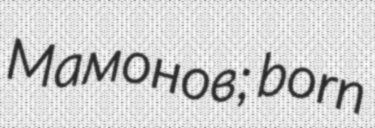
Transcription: Мамонов; born